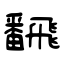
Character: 飜